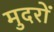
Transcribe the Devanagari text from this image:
मुदरों